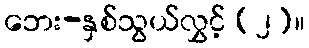
ဘေး-နှစ်သွယ်လွှင့် (၂)။